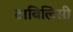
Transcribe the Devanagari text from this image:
टाबिलिसी